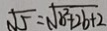
\sqrt { 5 } = \sqrt { b ^ { 2 } + 2 b + 2 }